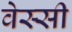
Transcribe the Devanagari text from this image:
वेस्सी